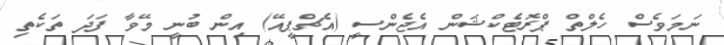
ނަމަވެސް ހެލްތް ޕްރޮޓެކްޝަން އެޖެންސީ (އެޗްޕީއޭ) އިން ބުނީ މޭވާ ފަދަ ތަކެތި